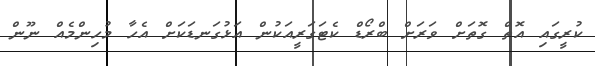
ކުރީގައި އޮތް ގޮތަށް ވަރަށް ބްރޯޑް ކެޓަގަރީއަކުން އަޅުގަނޑަކަށް އެހާ މުހިންމެއް ނޫން